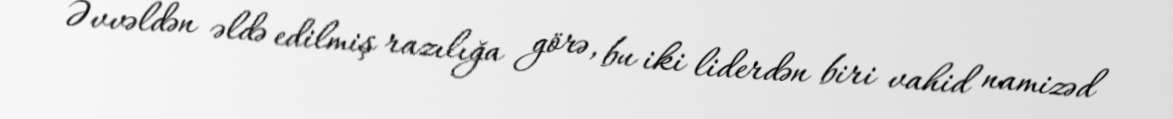
Əvvəldən əldə edilmiş razılığa görə, bu iki liderdən biri vahid namizəd